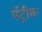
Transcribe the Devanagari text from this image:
पॅट्रीक